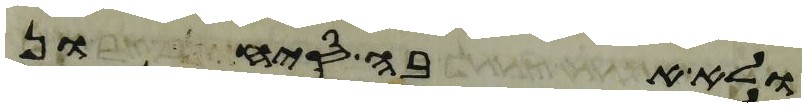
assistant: ולא אבה סיחון